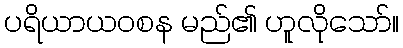
ပရိယာယဝစန မည်၏ ဟူလိုသော်။